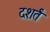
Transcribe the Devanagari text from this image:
दशर्तं